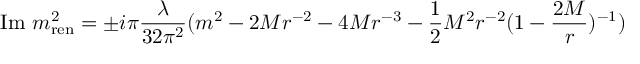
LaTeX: \mathrm { I m } ~ m _ { \mathrm { r e n } } ^ { 2 } = \pm i \pi \frac { \lambda } { 3 2 \pi ^ { 2 } } ( m ^ { 2 } - 2 M r ^ { - 2 } - 4 M r ^ { - 3 } - \frac { 1 } { 2 } M ^ { 2 } r ^ { - 2 } ( 1 - \frac { 2 M } { r } ) ^ { - 1 } )